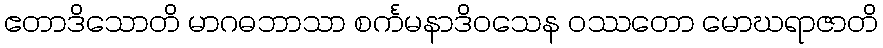
ဧတာဒိသောတိ မာဂဓဘာသာ စင်္ကမနာဒိဝသေန ဝဿတော မောဃရာဇာတိ